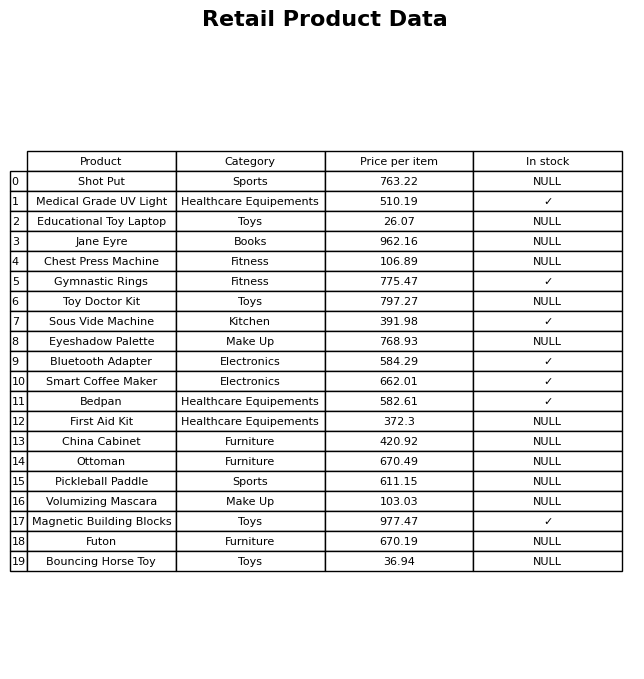
question: What is the stock status of the Pickleball Paddle?
answer: NULL